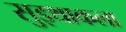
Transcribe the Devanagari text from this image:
सुइथाकला